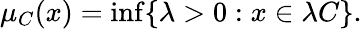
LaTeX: \mu_{C}(x)=\operatorname*{inf}\{ \lambda>0:x\in\lambda C\} .